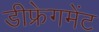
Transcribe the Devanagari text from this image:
डीफ्रेगमेंट